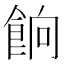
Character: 餉